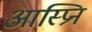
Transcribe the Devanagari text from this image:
आस्प्रिन